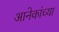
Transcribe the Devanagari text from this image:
आनेकांच्या